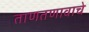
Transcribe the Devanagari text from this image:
ताणतणावाचे